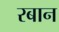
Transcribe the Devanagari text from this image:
रबान